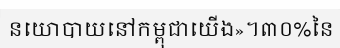
នយោបាយនៅកម្ពុជាយើង»។៣០%នៃ